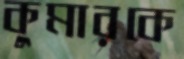
কুমারকে